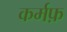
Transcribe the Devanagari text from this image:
कर्मफ़